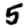
Digit: 5